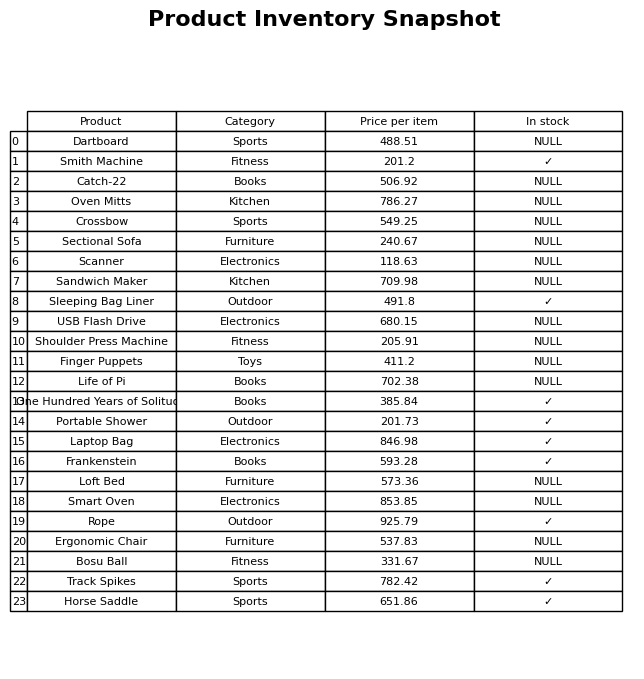
question: What is the stock status of the Dartboard?
answer: NULL